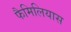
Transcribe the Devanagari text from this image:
फैमिलियास